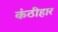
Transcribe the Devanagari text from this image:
कंठीहार